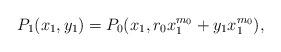
LaTeX: \begin{align*} P_1(x_1,y_1) = P_0(x_1, r_0 x_1^{m_0} +y_1x_1^{m_0}), \end{align*}